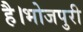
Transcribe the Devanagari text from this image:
है।भोजपुरी